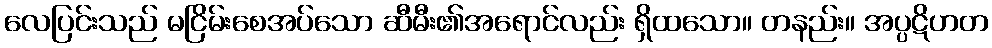
လေပြင်းသည် မငြိမ်းစေအပ်သော ဆီမီး၏အရောင်လည်း ရှိထသော။ တနည်း။ အပ္ပဋိဟတ